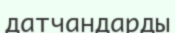
датчандарды